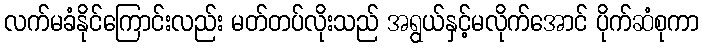
လက်မခံနိုင်ကြောင်းလည်း မတ်တပ်လိုးသည် အရွယ်နှင့်မလိုက်အောင် ပိုက်ဆံစုကာ